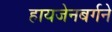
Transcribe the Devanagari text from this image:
हायजेनबर्गने